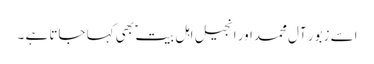
اسے زبور آل محمداور انجیل اہل بیت ؑ بھی کہا جاتا ہے ۔